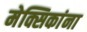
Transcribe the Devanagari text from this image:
मेक्सिकांना